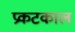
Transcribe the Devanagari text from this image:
प्रकटकाल